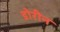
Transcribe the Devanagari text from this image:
डोरीन